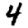
Digit: 4